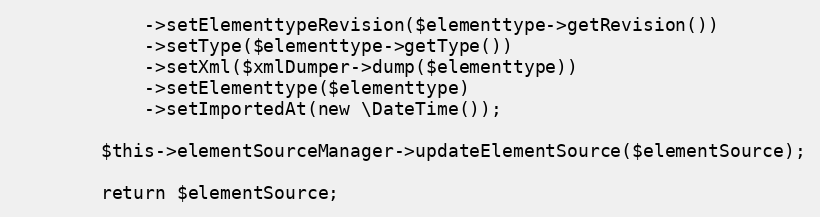
Language: PHP
            ->setElementtypeRevision($elementtype->getRevision())
            ->setType($elementtype->getType())
            ->setXml($xmlDumper->dump($elementtype))
            ->setElementtype($elementtype)
            ->setImportedAt(new \DateTime());

        $this->elementSourceManager->updateElementSource($elementSource);

        return $elementSource;